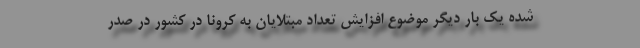
شده یک بار دیگر موضوع افزایش تعداد مبتلایان به کرونا در کشور در صدر